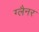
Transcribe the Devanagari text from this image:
ग्लैनर